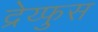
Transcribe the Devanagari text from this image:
द्रेय्फुस